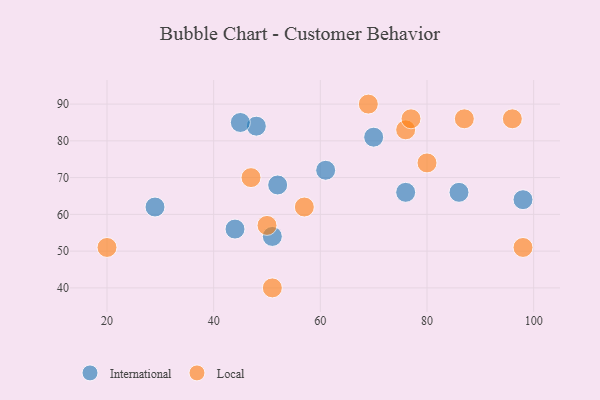
{"axis": {"x": "GDP", "y": "Life Expectancy"}, "legend": ["International", "Local"], "data": [{"x": "98", "y": 64, "type": "International"}, {"x": "29", "y": 62, "type": "International"}, {"x": "61", "y": 72, "type": "International"}, {"x": "52", "y": 68, "type": "International"}, {"x": "86", "y": 66, "type": "International"}, {"x": "48", "y": 84, "type": "International"}, {"x": "76", "y": 66, "type": "International"}, {"x": "44", "y": 56, "type": "International"}, {"x": "45", "y": 85, "type": "International"}, {"x": "51", "y": 54, "type": "International"}, {"x": "70", "y": 81, "type": "International"}, {"x": "76", "y": 83, "type": "Local"}, {"x": "98", "y": 51, "type": "Local"}, {"x": "80", "y": 74, "type": "Local"}, {"x": "47", "y": 70, "type": "Local"}, {"x": "57", "y": 62, "type": "Local"}, {"x": "87", "y": 86, "type": "Local"}, {"x": "51", "y": 40, "type": "Local"}, {"x": "20", "y": 51, "type": "Local"}, {"x": "96", "y": 86, "type": "Local"}, {"x": "69", "y": 90, "type": "Local"}, {"x": "50", "y": 57, "type": "Local"}, {"x": "77", "y": 86, "type": "Local"}]}